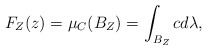
\begin{align*}F_Z(z) = \mu_C(B_Z) = \int_{B_Z} c d\lambda,\end{align*}